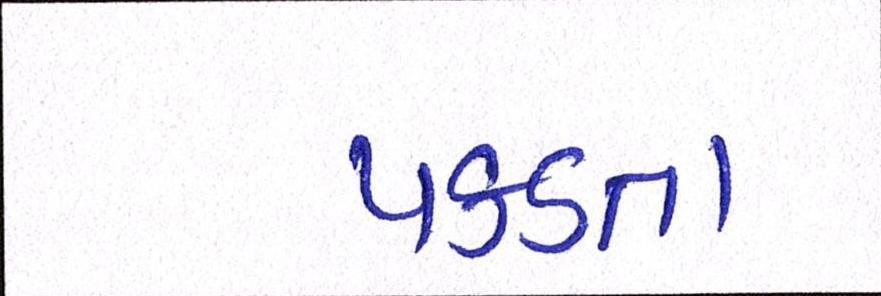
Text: પકડતા